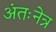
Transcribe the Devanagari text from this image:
अंतःनेत्र